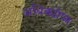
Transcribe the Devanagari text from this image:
अधिक्योंष्य